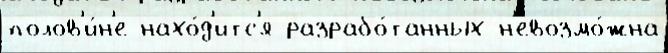
полов'и́н'е нахо́д'итс'я разрабо́танных н'евозмо́жна